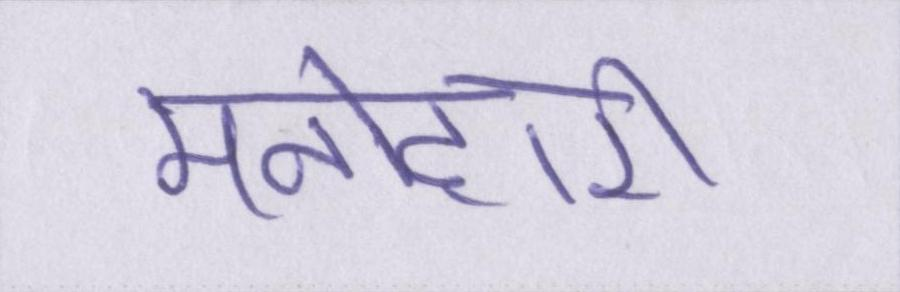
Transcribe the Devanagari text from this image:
मनोहारी